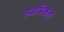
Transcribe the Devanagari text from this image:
स्वाभिकता